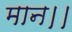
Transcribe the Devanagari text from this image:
मान।।